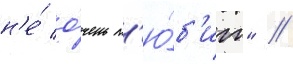
н'е́ о́чень л'ю́б'ит" //